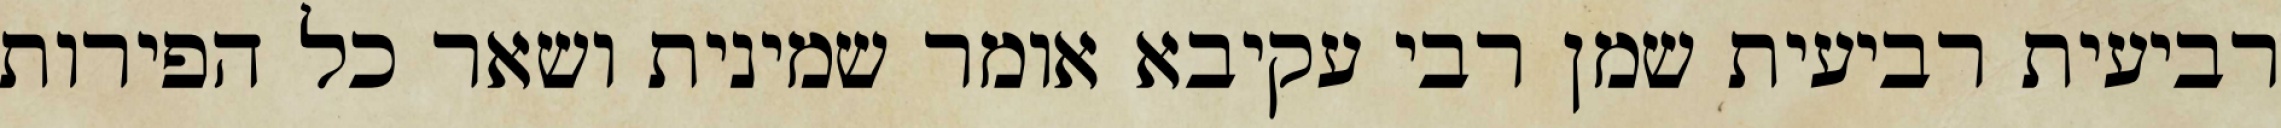
רביעית רביעית שמן רבי עקיבא אומר שמינית ושאר כל הפירות